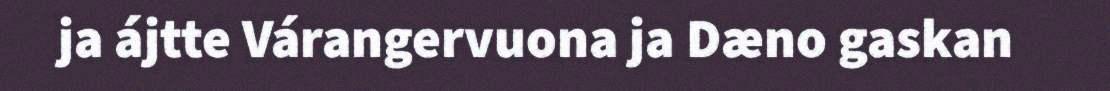
ja ájtte Várangervuona ja Dæno gaskan